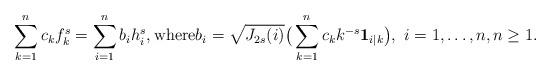
LaTeX: \begin{align*} \sum_{k=1}^n c_k f^{s}_k = \sum_{i=1}^n b_i h^{s}_i, {\rm where} b_i =\sqrt{J_{2s}(i)}\big(\sum_{k=1}^n c_kk^{-s} {\bf 1}_{i|k} \big), \ i=1,\ldots, n, n\ge 1.\end{align*}